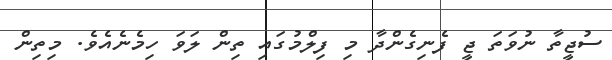
ސުޖީތާ ނުވަތަ ޖީ ފެނިގެންދާ މި ފިލްމުގައި ތިން ލަވަ ހިމެނެއެވެ. މިތިން